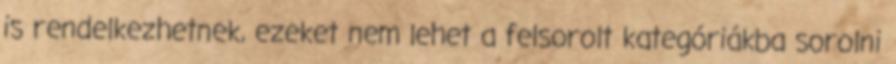
is rendelkezhetnek, ezeket nem lehet a felsorolt kategóriákba sorolni